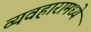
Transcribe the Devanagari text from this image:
व्यवहारामध्ये